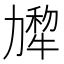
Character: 𰅗